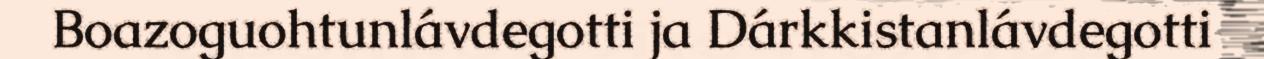
Boazoguohtunlávdegotti ja Dárkkistanlávdegotti